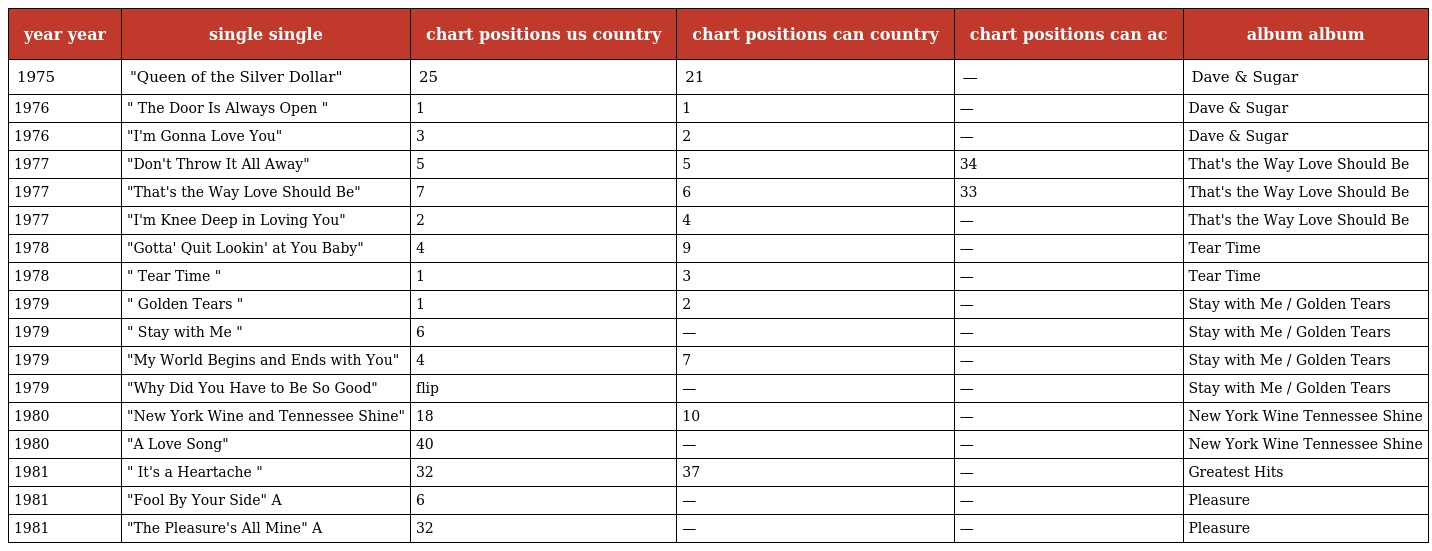
| year year | single single | chart positions us country | chart positions can country | chart positions can ac | album album |
 | --- | --- | --- | --- | --- | --- |
 | 1975 | "Queen of the Silver Dollar" | 25 | 21 | — | Dave & Sugar |
 | 1976 | " The Door Is Always Open " | 1 | 1 | — | Dave & Sugar |
 | 1976 | "I'm Gonna Love You" | 3 | 2 | — | Dave & Sugar |
 | 1977 | "Don't Throw It All Away" | 5 | 5 | 34 | That's the Way Love Should Be |
 | 1977 | "That's the Way Love Should Be" | 7 | 6 | 33 | That's the Way Love Should Be |
 | 1977 | "I'm Knee Deep in Loving You" | 2 | 4 | — | That's the Way Love Should Be |
 | 1978 | "Gotta' Quit Lookin' at You Baby" | 4 | 9 | — | Tear Time |
 | 1978 | " Tear Time " | 1 | 3 | — | Tear Time |
 | 1979 | " Golden Tears " | 1 | 2 | — | Stay with Me / Golden Tears |
 | 1979 | " Stay with Me " | 6 | — | — | Stay with Me / Golden Tears |
 | 1979 | "My World Begins and Ends with You" | 4 | 7 | — | Stay with Me / Golden Tears |
 | 1979 | "Why Did You Have to Be So Good" | flip | — | — | Stay with Me / Golden Tears |
 | 1980 | "New York Wine and Tennessee Shine" | 18 | 10 | — | New York Wine Tennessee Shine |
 | 1980 | "A Love Song" | 40 | — | — | New York Wine Tennessee Shine |
 | 1981 | " It's a Heartache " | 32 | 37 | — | Greatest Hits |
 | 1981 | "Fool By Your Side" A | 6 | — | — | Pleasure |
 | 1981 | "The Pleasure's All Mine" A | 32 | — | — | Pleasure |